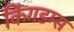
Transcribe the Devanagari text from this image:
किंगडम्स